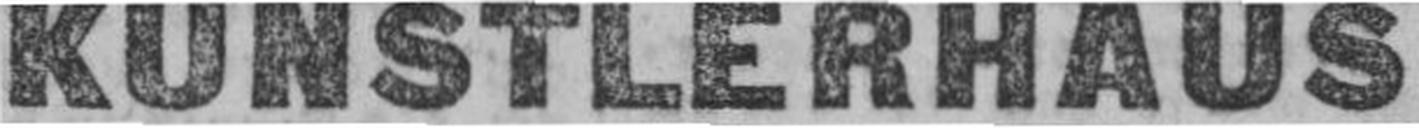
KUNSTLERHAUS